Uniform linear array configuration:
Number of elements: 16
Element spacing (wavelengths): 0.25
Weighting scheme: exponential
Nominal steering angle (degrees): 60
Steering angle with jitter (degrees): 60.642
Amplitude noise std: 0.05
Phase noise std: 0.05

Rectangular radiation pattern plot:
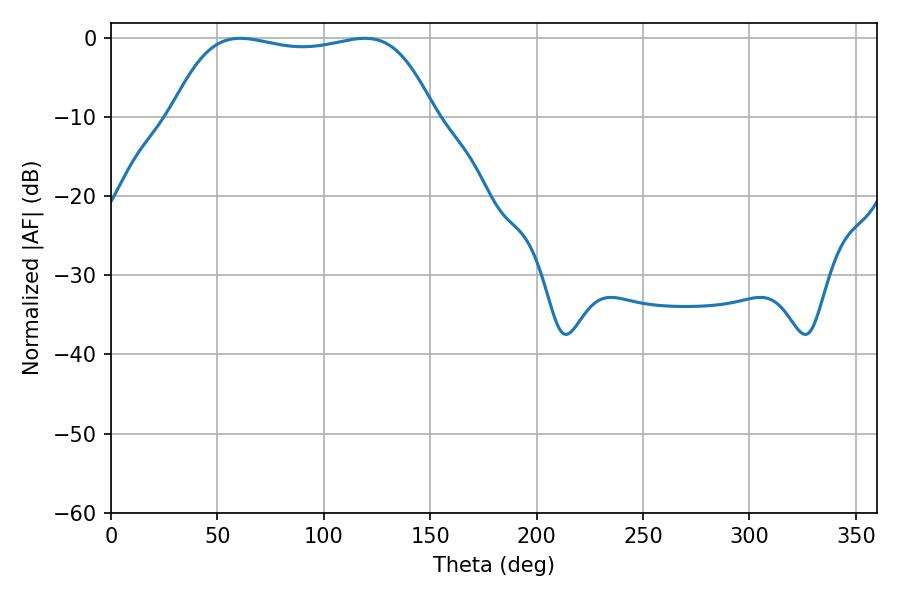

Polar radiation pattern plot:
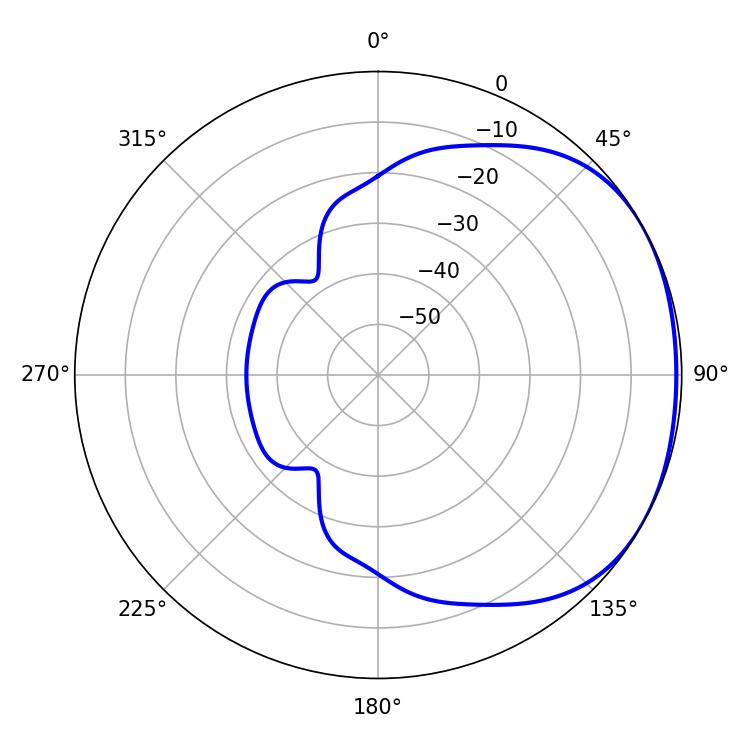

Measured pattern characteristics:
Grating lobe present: FALSE
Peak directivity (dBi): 1.558
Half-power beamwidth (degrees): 97.92
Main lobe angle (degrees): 60.66